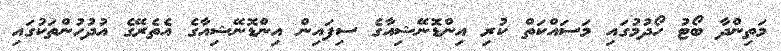
މަތިންދާ ބޯޓު ހޯދުމުގައި މަސައްކަތް ކުރި އިންޑޮނޭޝިއާގެ ސިފައިން އިންޑޮނޭޝިއާގެ އެތެރޭގެ އުދުހުންތަކުގައި